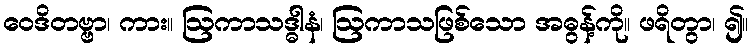
ဝေဒိတဗ္ဗာ၊ ကား။ ဩကာသဒ္ဓါနံ၊ ဩကာသဖြစ်သော အဓွန့်ကို။ ဖရိတွာ၊ ၍။